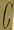
C